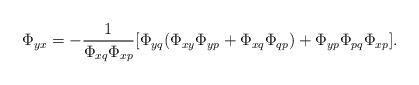
LaTeX: \begin{align*} \Phi_{yx}=-\frac{1}{\Phi_{xq}\Phi_{xp}}[\Phi_{yq}(\Phi_{xy}\Phi_{yp}+\Phi_{xq}\Phi_{qp})+\Phi_{yp}\Phi_{pq}\Phi_{xp}]. \end{align*}